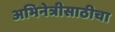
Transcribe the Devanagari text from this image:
अभिनेत्रीसाठीचा